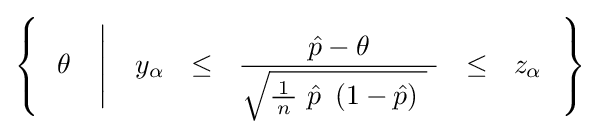
\left\{~~\theta \quad {\Bigg |}\quad y_{\alpha }~~\leq ~~{\frac {\ {\hat {p}}-\theta \ }{{\sqrt {{\frac {\!\ 1\!\ }{n}}\ {\hat {p}}\ \left(1-{\hat {p}}\right)\ }}\ }}~~\leq ~~z_{\alpha }~~\right\}\